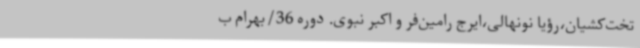
تخت‌کشیان،رؤیا نونهالی،ایرج رامین‌فر و اکبر نبوی. دوره 36/بهرام ب